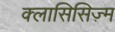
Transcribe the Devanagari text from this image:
क्लासिसिज़्म